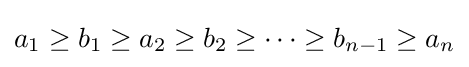
a_{1}\geq b_{1}\geq a_{2}\geq b_{2}\geq \cdots \geq b_{n-1}\geq a_{n}